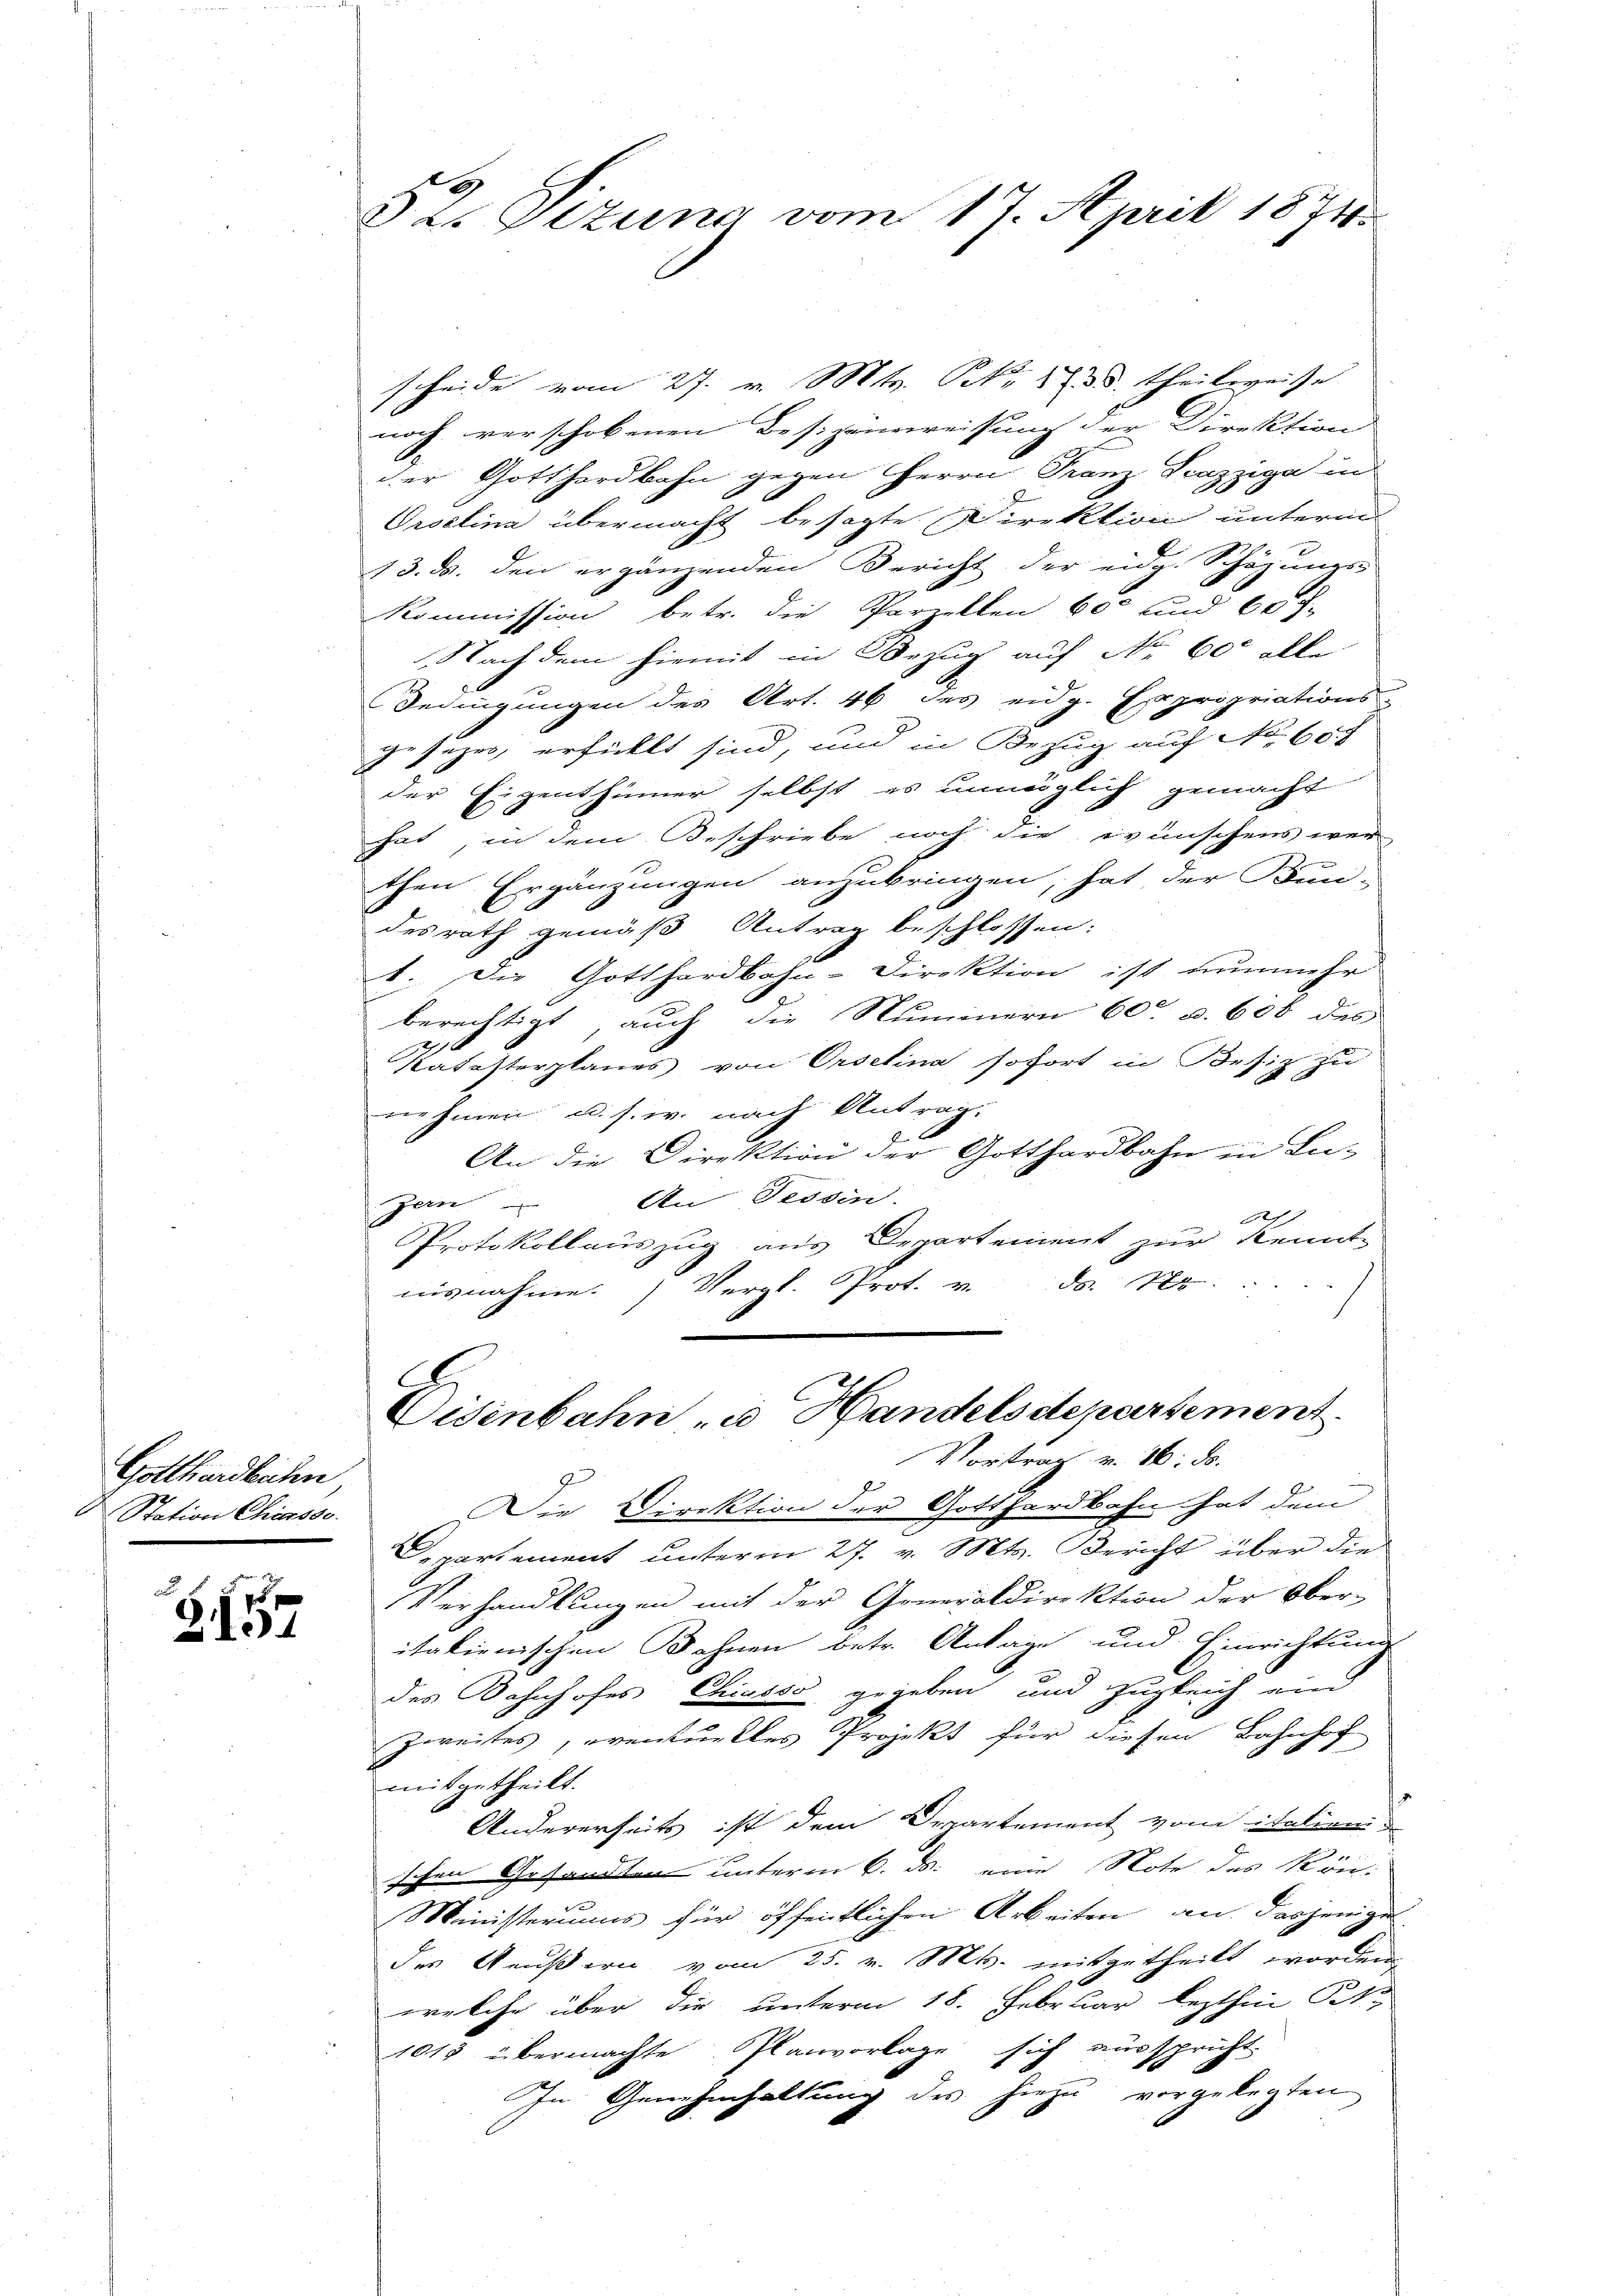
Gotthardlichen
Station Chiasso.

2
p
21

§ 2. Sizung vom 17. April 1871

scheide vom 27. v. Mts. Pro. 1738. theilweise
noch verschobenen Besizeinweisung der Direktion
der Gotthardbahn gegen Herrn Franz Piazziga in
Oroelina übermacht besagte Direktion unterm
13. ds. den ergänzenden Bericht der eidg. Schöhungs-
Kommission betr. die Parzellen 600 und 60 f.
Nach dem hiemit in Bezug auf No 600 alle
Bedingungen des Art. 46 des eidg. Expropriations-
ie sezes erfüllt sind, und in Bezug auf No 60 f
der Eigenthümer selbst es unmöglich gemacht
hat, in dem Beschriebe noch die wünschens wer
e
then Ergänzungen anzubringen, hat der Bun-
desrath gemäß Antrag beschlossen:
1. Die Gotthardbahn-Direktion ist nunmehr
berechtigt, auch die Nummern 60 u. 608 das
Katasterplanes von Orselina sofort in Besiz zu
nehmen u. s. w. nach Antrag.
An die Direktion der Gotthardbahn in Lu-
Jern An Tessin.
17
Protokollauszug aus Departement zur Kennt-
nisnahme. Vergl. Prot. v. ds. N
G
Eisenbahn zu Handelsdepartement.
Vortrag v. 16. ds.
Die Direktion der Gotthardbahn hat dem
Departement unterm 27. v. Mts. Bericht über die
Verhandlungen mit der Generaldirektion der Ober-
italienischen Bohnen betr. Anlage und Einrichtung
a
des Bahnhofes Chiasso gegeben und zugleich und
Zweites, eventuelles Projekt für diesen Bahnhof
mitgetheilt.
Andererseits ist dem Departement vom italien
schen Gesandten unterm 6. ds. eine Note des kön¬
Ministeriums für öffentlichen Arbeiten an dasjenige
des Aeußern vom 25. v. Mts. mitgetheilt worden.
welche über die unterm 18. Februar lezthin Oet¬
1018 übermachte Planvorlage sich ausspricht
In Genehmhaltung des hiezu vorgelegten